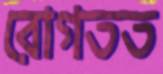
রোগতত